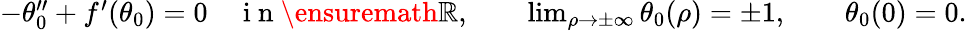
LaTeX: \begin{array}{r}{-\theta_{0}^{\prime\prime}+f^{\prime}(\theta_{0})=0\quad\mathrm{~i~n~}\ensuremath{\mathbb{R}},\qquad\operatorname*{lim}_{\rho\to\pm\infty}\theta_{0}(\rho)=\pm 1,\qquad\theta_{0}(0)=0.}\end{array}